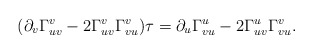
\begin{align*} (\partial_v\Gamma_{uv}^v-2\Gamma_{uv}^v\Gamma_{vu}^v)\tau=\partial_u\Gamma_{vu}^u-2\Gamma_{uv}^u\Gamma_{vu}^v.\end{align*}